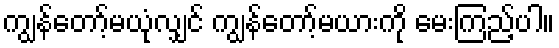
ကျွန်တော့်မယုံလျှင် ကျွန်တော့်မယားကို မေးကြည့်ပါ။